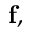
\mathbf { f } ,